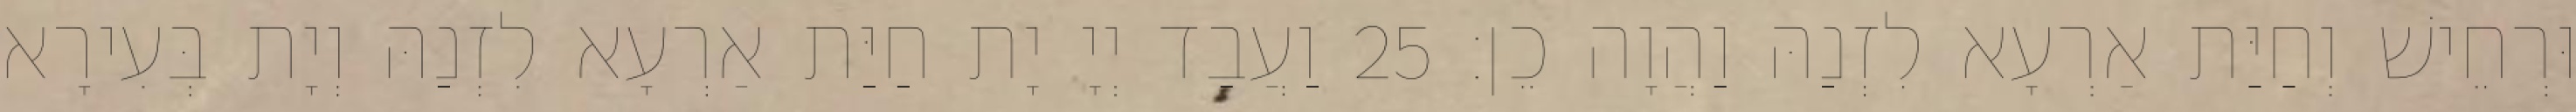
וּרְחֵישׁ וְחַיַּת אַרְעָא לִזְנַהּ וַהֲוָה כֵן׃ 25 וַעֲבַד יְיָ יָת חַיַּת אַרְעָא לִזְנַהּ וְיָת בְּעִירָא